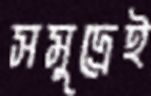
সমুদ্রেই